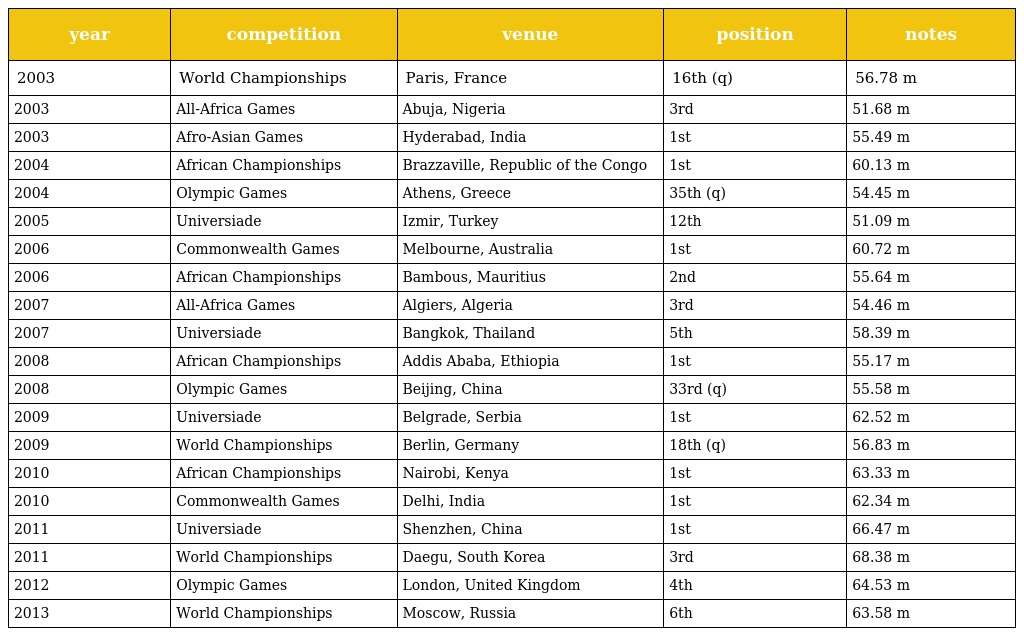
| year | competition | venue | position | notes |
 | --- | --- | --- | --- | --- |
 | 2003 | World Championships | Paris, France | 16th (q) | 56.78 m |
 | 2003 | All-Africa Games | Abuja, Nigeria | 3rd | 51.68 m |
 | 2003 | Afro-Asian Games | Hyderabad, India | 1st | 55.49 m |
 | 2004 | African Championships | Brazzaville, Republic of the Congo | 1st | 60.13 m |
 | 2004 | Olympic Games | Athens, Greece | 35th (q) | 54.45 m |
 | 2005 | Universiade | Izmir, Turkey | 12th | 51.09 m |
 | 2006 | Commonwealth Games | Melbourne, Australia | 1st | 60.72 m |
 | 2006 | African Championships | Bambous, Mauritius | 2nd | 55.64 m |
 | 2007 | All-Africa Games | Algiers, Algeria | 3rd | 54.46 m |
 | 2007 | Universiade | Bangkok, Thailand | 5th | 58.39 m |
 | 2008 | African Championships | Addis Ababa, Ethiopia | 1st | 55.17 m |
 | 2008 | Olympic Games | Beijing, China | 33rd (q) | 55.58 m |
 | 2009 | Universiade | Belgrade, Serbia | 1st | 62.52 m |
 | 2009 | World Championships | Berlin, Germany | 18th (q) | 56.83 m |
 | 2010 | African Championships | Nairobi, Kenya | 1st | 63.33 m |
 | 2010 | Commonwealth Games | Delhi, India | 1st | 62.34 m |
 | 2011 | Universiade | Shenzhen, China | 1st | 66.47 m |
 | 2011 | World Championships | Daegu, South Korea | 3rd | 68.38 m |
 | 2012 | Olympic Games | London, United Kingdom | 4th | 64.53 m |
 | 2013 | World Championships | Moscow, Russia | 6th | 63.58 m |